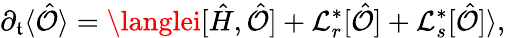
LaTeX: \partial_{\mathfrak{t}}\langle\hat{{\mathcal{{O}}}}\rangle=\langlei[\hat{{H}},\hat{{\mathcal{{O}}}}]+\mathcal{{L}}_{r}^{*}[\hat{{\mathcal{{O}}}}]+\mathcal{{L}}_{s}^{*}[\hat{{\mathcal{{O}}}}]\rangle,